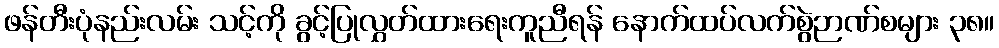
ဖန်တီးပုံနည်းလမ်း သင့်ကို ခွင့်ပြုလွှတ်ထားရေးကူညီရန် နောက်ထပ်လက်စွဲဉာဏ်စများ ၃၈။